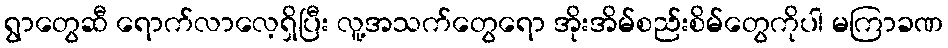
ရွာတွေဆီ ရောက်လာလေ့ရှိပြီး လူ့အသက်တွေရော အိုးအိမ်စည်းစိမ်တွေကိုပါ မကြာခဏ